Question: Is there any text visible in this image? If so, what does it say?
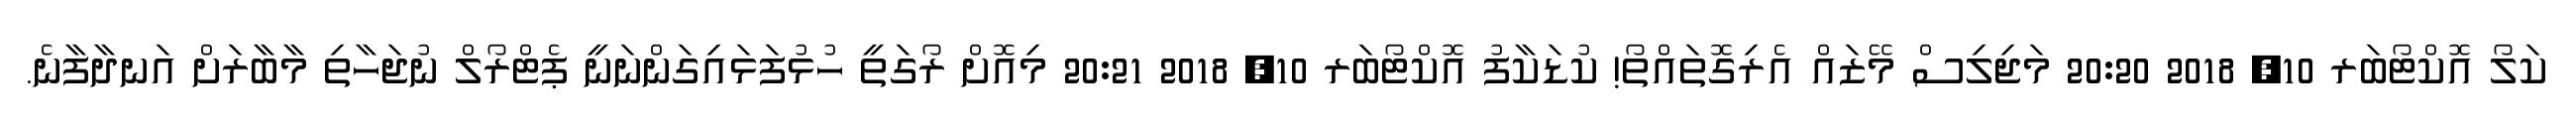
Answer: ކަލޯ އޮކްޓޯބަރ 10, 2018 20:20 މަޖިލިސް މޭޒައް އެރިގޮތައްތޯ! ކުޑަކާފު އޮކްޓޯބަރ 10, 2018 20:21 މިއޮށް ރޯގަތީ ހުޅުފަޅައިގަންނަނީ ޕެޓްރޯލް ނުޖަހާތި މާބާރަށް އަނދާފާނެ.